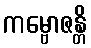
ကမ္ဗောဇန္တိ